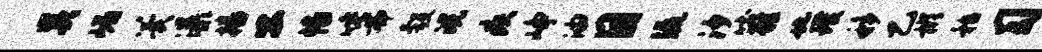
奚嵋翼瀑播公幡唾弗彀浣疾峥油目流汐吐鞋地璞移乙彬嵇习